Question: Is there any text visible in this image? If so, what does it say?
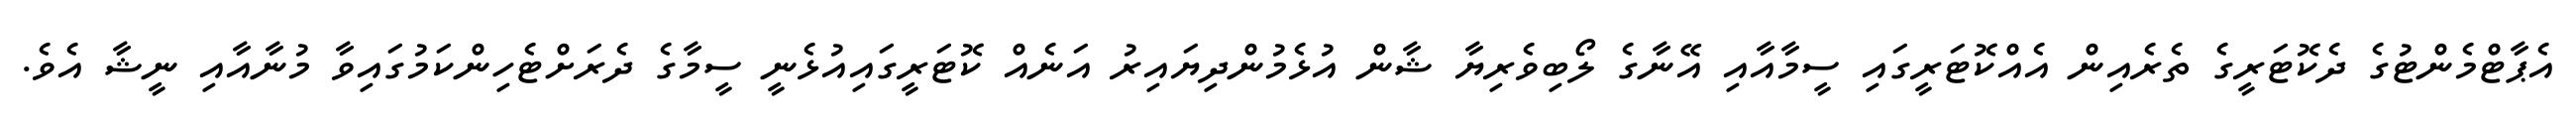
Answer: އެޕާޓްމެންޓުގެ ދެކޮޓަރީގެ ތެރެއިން އެއްކޮޓަރީގައި ސީމާއާއި އޭނާގެ ލޯބިވެރިޔާ ޝާން އުޅެމުންދިޔައިރު އަނެއް ކޮޓަރީގައިއުޅެނީ ސީމާގެ ދެރަށްޓެހިންކަމުގައިވާ މުނާއާއި ނީޝާ އެވެ.